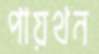
পায়থন